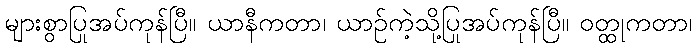
များစွာပြုအပ်ကုန်ပြီ။ ယာနီကတာ၊ ယာဉ်ကဲ့သို့ပြုအပ်ကုန်ပြီ။ ဝတ္ထုကတာ၊